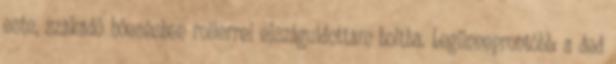
este, szakadó hóesésben rollerrel elszáguldottam boltba. Legünneprontóbb: a ded